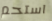
استحم